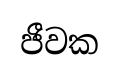
ජීවක